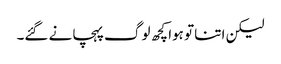
لیکن اتنا تو ہوا کچھ لوگ پہچانے گئے۔